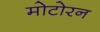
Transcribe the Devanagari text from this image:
मोटोरन